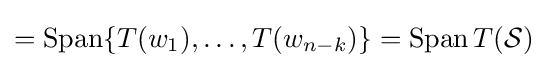
=\operatorname {Span} \{T(w_{1}),\ldots ,T(w_{n-k})\}=\operatorname {Span} T({\mathcal {S}})